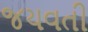
જયવતી